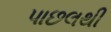
પાછલથી